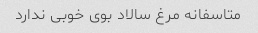
متاسفانه مرغ سالاد بوی خوبی ندارد